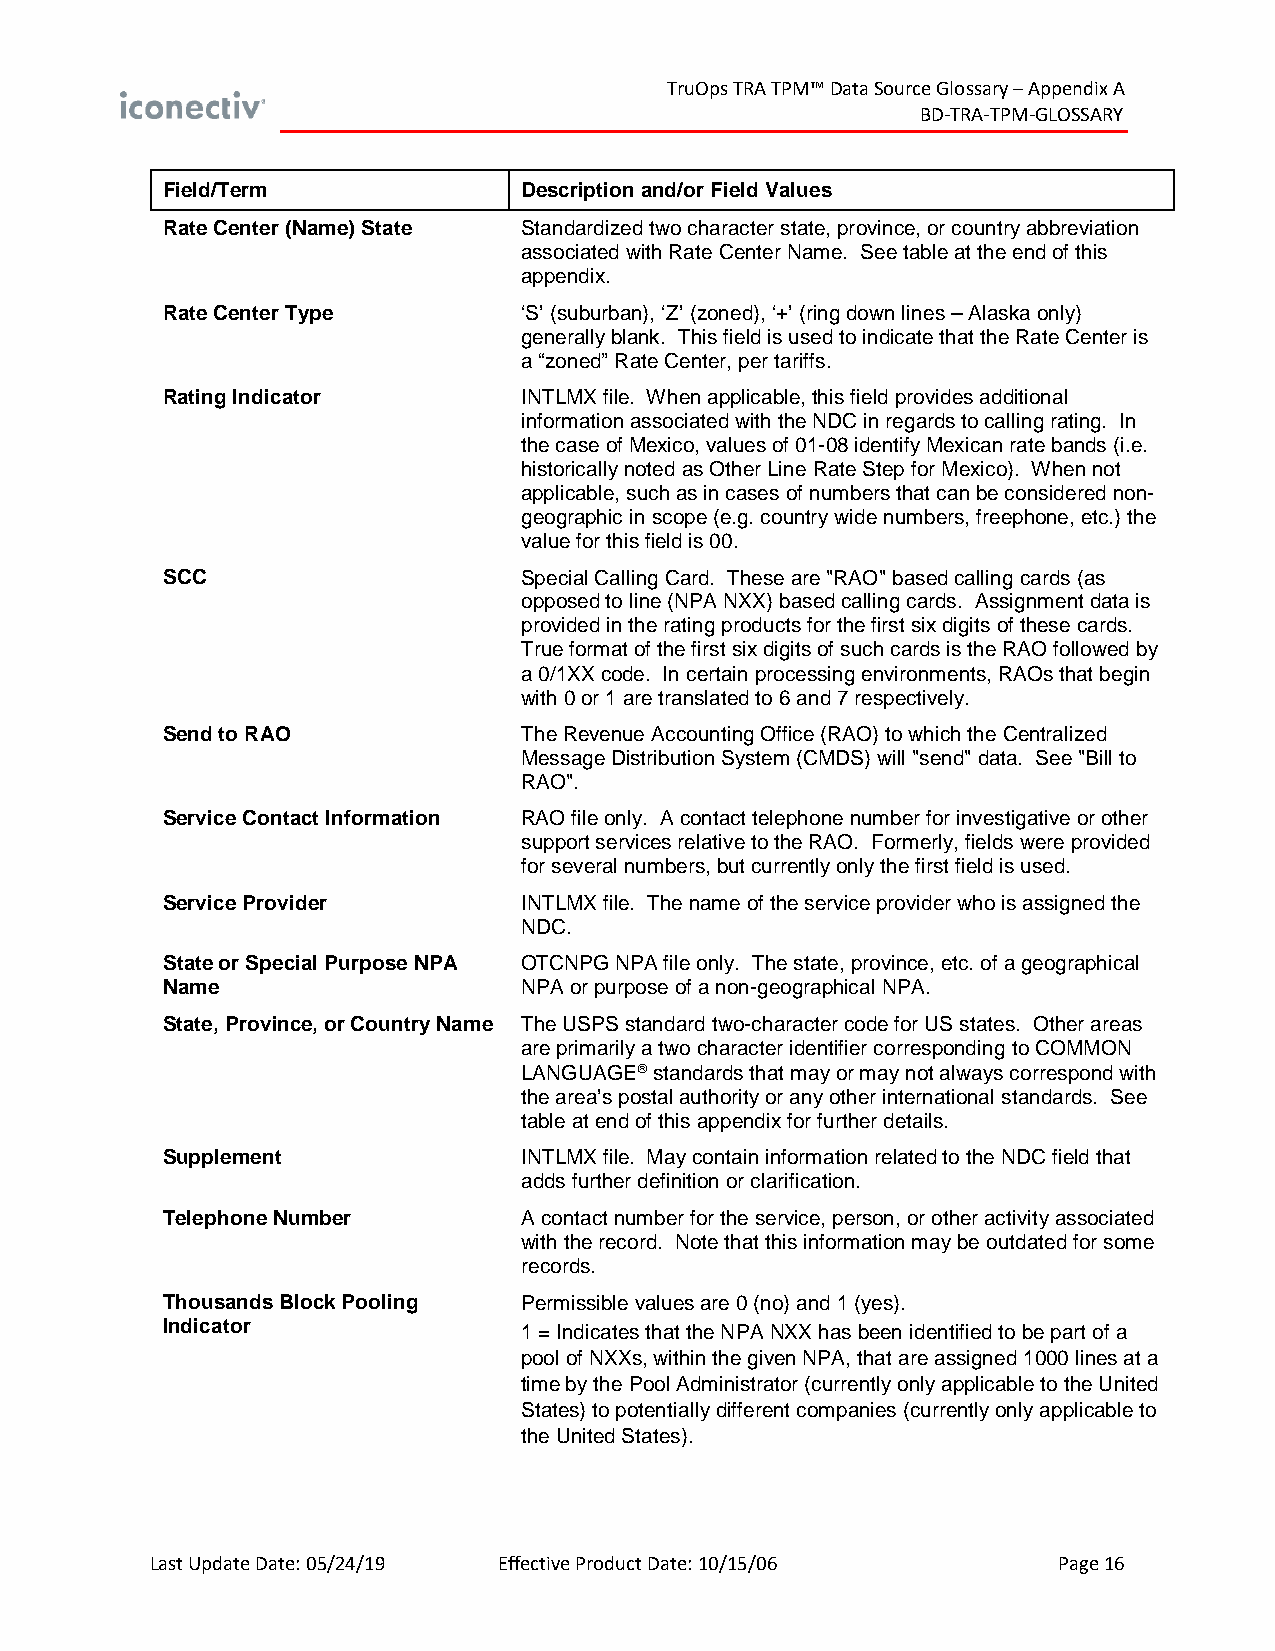
TruOps TRA TPM™ Data Source Glossary – Appendix A
 BD-TRA-TPM-GLOSSARY
 Field/Term             Description and/or Field Values
 Rate Center (Name) State Standardized two character state, province, or country abbreviation
 associated with Rate Center Name. See table at the end of this
 appendix.
 Rate Center Type       ‘S’ (suburban), ‘Z’ (zoned), ‘+’ (ring down lines – Alaska only)
 generally blank. This field is used to indicate that the Rate Center is
 a “zoned” Rate Center, per tariffs.
 Rating Indicator       INTLMX file. When applicable, this field provides additional
 information associated with the NDC in regards to calling rating. In
 the case of Mexico, values of 01-08 identify Mexican rate bands (i.e.
 historically noted as Other Line Rate Step for Mexico). When not
 applicable, such as in cases of numbers that can be considered non-
 geographic in scope (e.g. country wide numbers, freephone, etc.) the
 value for this field is 00.
 SCC                    Special Calling Card. These are "RAO" based calling cards (as
 opposed to line (NPA NXX) based calling cards. Assignment data is
 provided in the rating products for the first six digits of these cards.
 True format of the first six digits of such cards is the RAO followed by
 a 0/1XX code. In certain processing environments, RAOs that begin
 with 0 or 1 are translated to 6 and 7 respectively.
 Send to RAO            The Revenue Accounting Office (RAO) to which the Centralized
 Message Distribution System (CMDS) will "send" data. See "Bill to
 RAO".
 Service Contact Information RAO file only. A contact telephone number for investigative or other
 support services relative to the RAO. Formerly, fields were provided
 for several numbers, but currently only the first field is used.
 Service Provider       INTLMX file. The name of the service provider who is assigned the
 NDC.
 State or Special Purpose NPA OTCNPG NPA file only. The state, province, etc. of a geographical
 Name                   NPA or purpose of a non-geographical NPA.
 State, Province, or Country Name The USPS standard two-character code for US states. Other areas
 are primarily a two character identifier corresponding to COMMON
 LANGUAGE standards that may or may not always correspond with
 the area’s postal authority or any other international standards. See
 table at end of this appendix for further details.
 Supplement             INTLMX file. May contain information related to the NDC field that
 adds further definition or clarification.
 Telephone Number       A contact number for the service, person, or other activity associated
 with the record. Note that this information may be outdated for some
 records.
 Thousands Block Pooling Permissible values are 0 (no) and 1 (yes).
 Indicator              1 = Indicates that the NPA NXX has been identified to be part of a
 pool of NXXs, within the given NPA, that are assigned 1000 lines at a
 time by the Pool Administrator (currently only applicable to the United
 States) to potentially different companies (currently only applicable to
 the United States).
 Last Update Date: 05/24/19 Effective Product Date: 10/15/06 Page 16